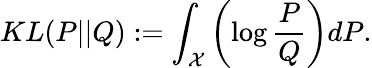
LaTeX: KL(P||Q):=\int_{\mathcal{X}}\left(\log\frac{P}{Q}\right)dP.